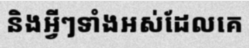
និងអ្វីៗទាំងអស់ដែលគេ